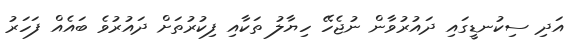
އަދި ސިކުނޑީގައި ދައުރުވާން ނުޖެހޭ ހިޔާލު ތަކާއި ފިކުރުތަށް ދައުރުވެ ބައެއް ފަހަރު